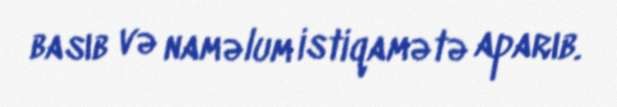
basıb və naməlum istiqamətə aparıb.